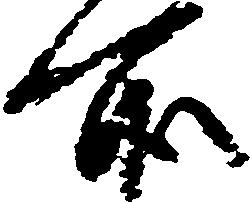
所